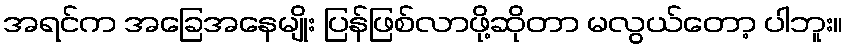
အရင်က အခြေအနေမျိုး ပြန်ဖြစ်လာဖို့ဆိုတာ မလွယ်တော့ ပါဘူး။